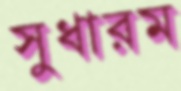
সুধারম